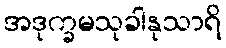
အဒုက္ခမသုခါနုသာရိ